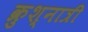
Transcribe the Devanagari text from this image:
क्रुश्नात्री